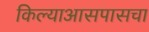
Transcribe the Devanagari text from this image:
किल्याआसपासचा